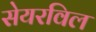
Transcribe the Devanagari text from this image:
सेयरविल